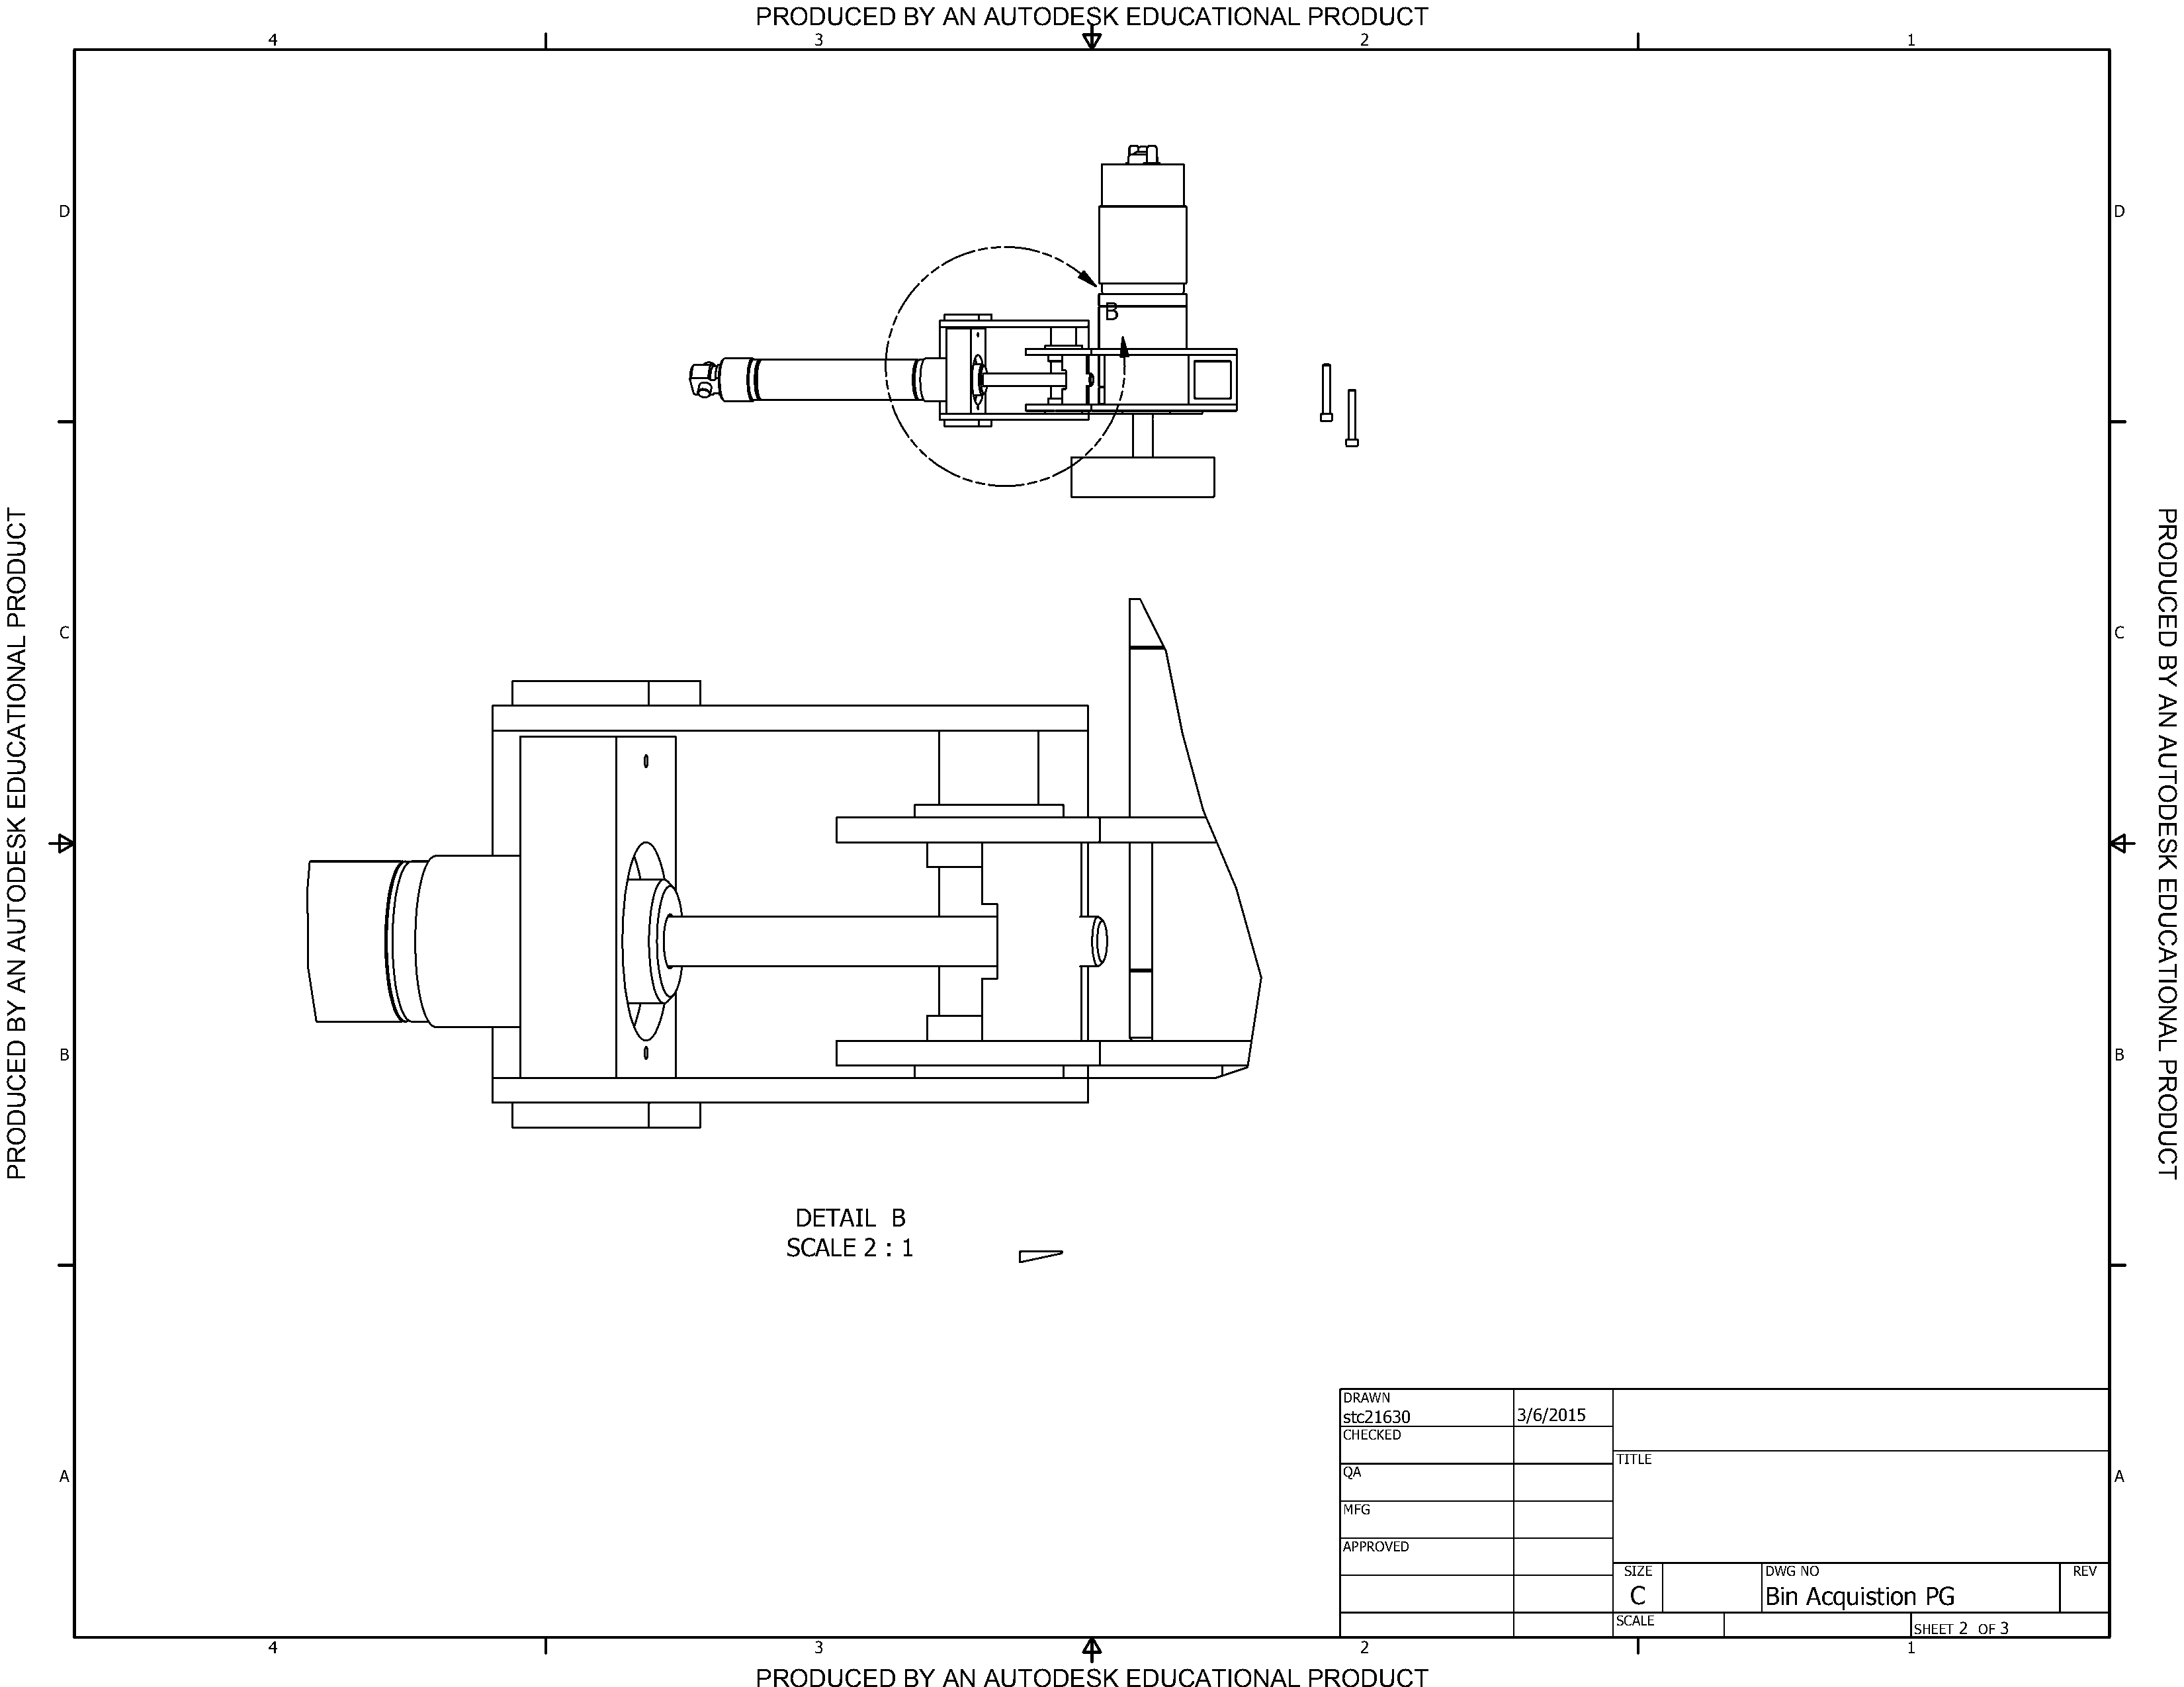
PRODUCED      BY  AN  AUTODESK       EDUCATIONAL       PRODUCT
 4                                                     3                                                      2                                                      1
 D                                                                                                                                                                                                            D
 B
 T                                                                                                                                                                                                                     P
 C                                                                                                                                                                                                                     R
 U                                                                                                                                                                                                                     O
 D                                                                                                                                                                                                                     D
 O                                                                                                                                                                                                                     U
 R                                                                                                                                                                                                                     C
 P                                                                                                                                                                                                                     E
 C                                                                                                                                                                                                             C
 D
 L
 A
 B
 N
 Y
 O
 A
 I
 T                                                                                                                                                                                                                     N
 A
 A
 C
 U
 U
 T
 D
 O
 E
 D
 K                                                                                                                                                                                                                     E
 S                                                                                                                                                                                                                     S
 E                                                                                                                                                                                                                     K
 D
 E
 O
 D
 T
 U
 U
 C
 A
 A
 N
 T
 A                                                                                                                                                                                                                     I
 O
 Y
 N
 B
 A
 D                                                                                                                                                                                                                     L
 B                                                                                                                                                                                                             B
 E                                                                                                                                                                                                                     P
 C                                                                                                                                                                                                                     R
 U                                                                                                                                                                                                                     O
 D                                                                                                                                                                                                                     D
 O                                                                                                                                                                                                                     U
 R                                                                                                                                                                                                                     C
 P                                                                                                                                                                                                                     T
 DETAIL   B
 SCALE  2 : 1
 DRAWN
 stc21630          3 6 2015
 CHECKED
 TITLE
 A                                                                                                                               QA                                                                            A
 MFG
 APPROVED
 SIZE           DWG NO                        REV
 C             Bin Acquistion  PG
 SCALE
 SHEET 2 OF 3
 4                                                     3                                                      2                                                      1
 PRODUCED      BY  AN  AUTODESK       EDUCATIONAL       PRODUCT